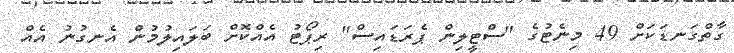
ގާތްގަނޑަކަށް 49 މިނެޓުގެ "ސްޓީލިން ޕެރަޑައިސް" ރިޕޯޓު އެއްކޮށް ބަލައިލުމުން އެނގުނު އެއް